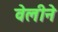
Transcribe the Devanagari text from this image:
वेलीने